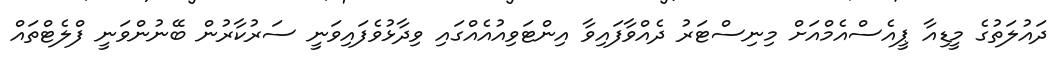
ދައުލަތުގެ މީޑިއާ ޕީއެސްއެމްއަށް މިނިސްޓަރު ދެއްވާފައިވާ އިންޓަވިއުއެއްގައި ވިދާޅުވެފައިވަނީ ސަރުކާރުން ބޭނުންވަނީ ފްލެޓްތައް